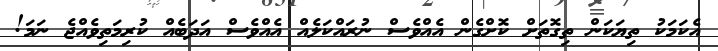
އެކަމަކު ތިޔަކަން ތިގޮތަށް ކޮށްގެން އެއްވެސް ނުރައްކަލެއް އެއްވެސް އަދަބެއް ކުރިމަތިވެއްޖެ ނަމަ!